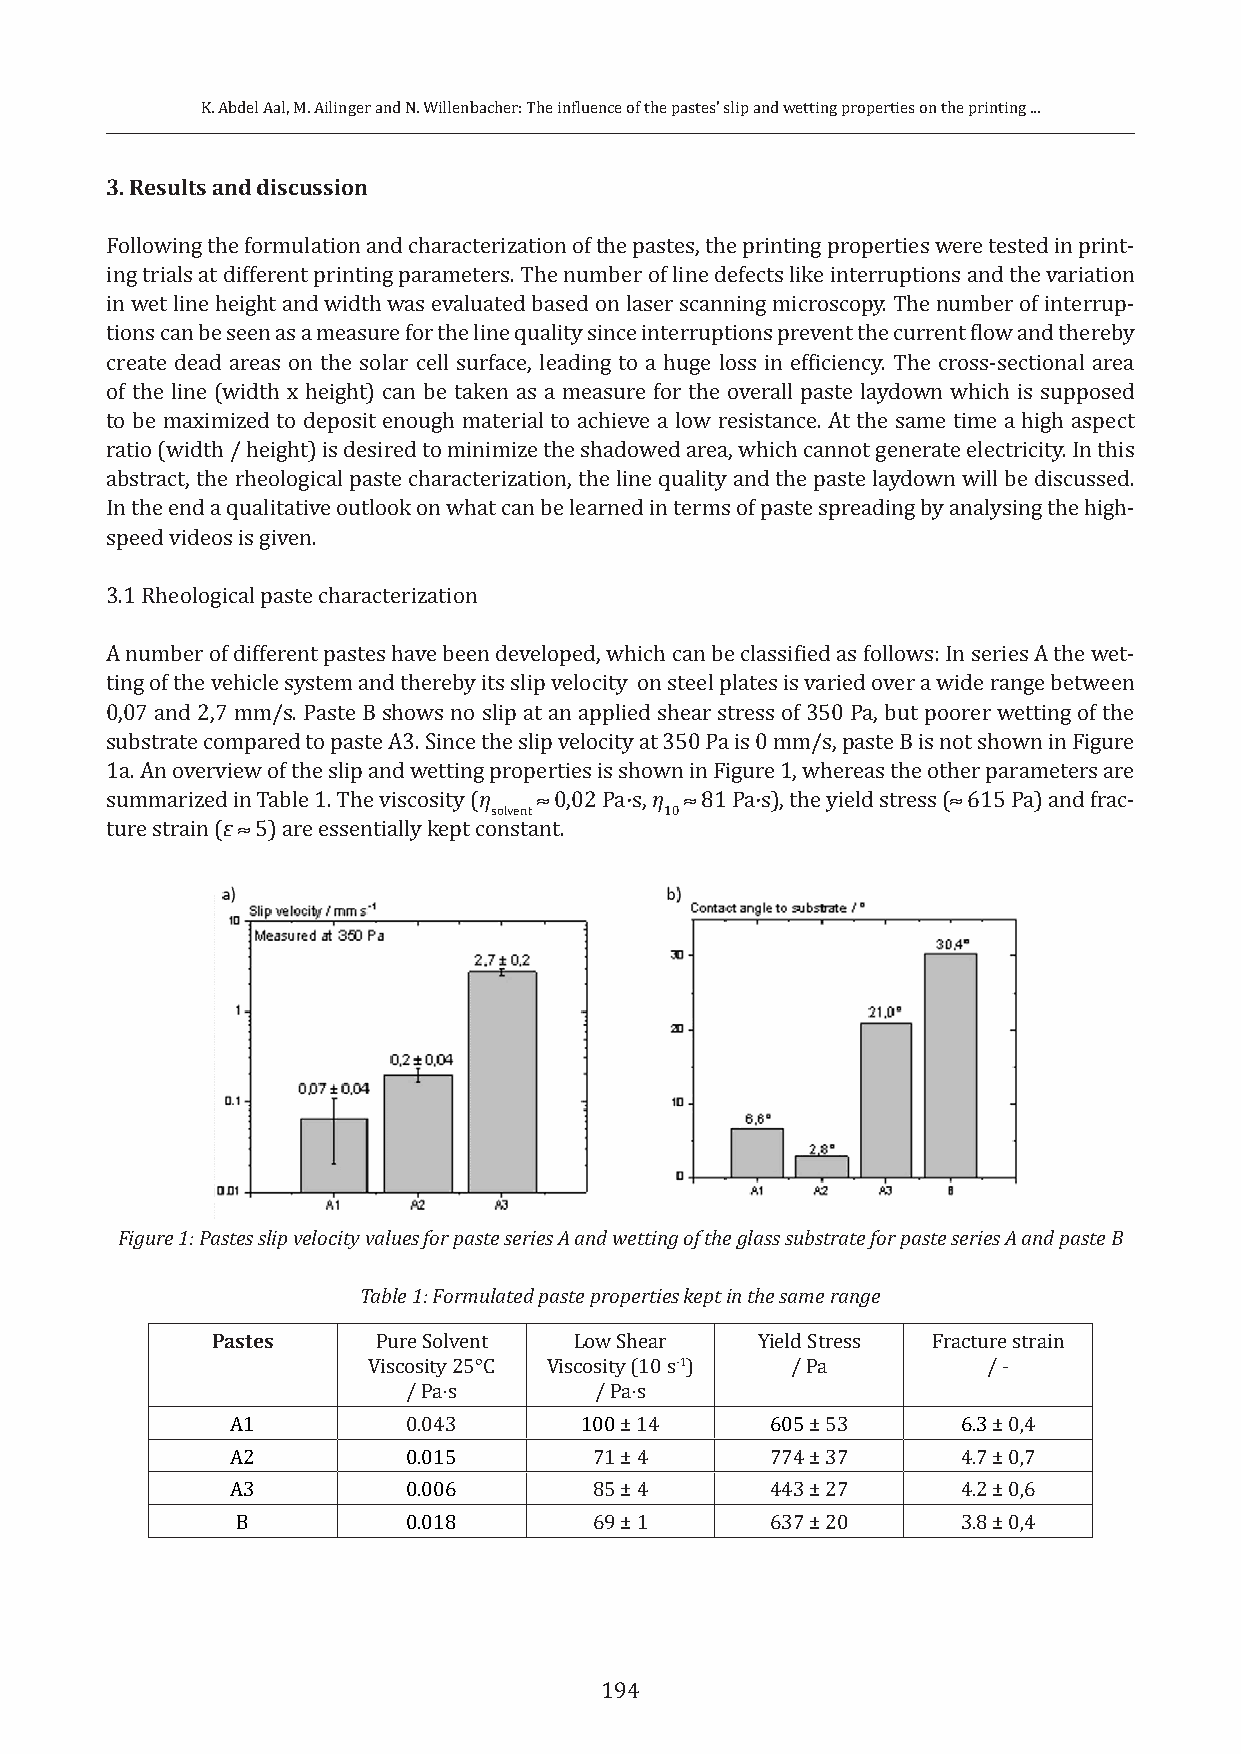
K. Abdel Aal, M. Ailinger and N. Willenbacher: The influence of the pastes’ slip and wetting properties on the printing ...
 3. Results and discussion
 Following the formulation and characterization of the pastes, the printing properties were tested in print-
 ing trials at different printing parameters. The number of line defects like interruptions and the variation
 in wet line height and width was evaluated based on laser scanning microscopy. The number of interrup-
 tions can be seen as a measure for the line quality since interruptions prevent the current flow and thereby
 create dead areas on the solar cell surface, leading to a huge loss in efficiency. The cross-sectional area
 of the line (width x height) can be taken as a measure for the overall paste laydown which is supposed
 to be maximized to deposit enough material to achieve a low resistance. At the same time a high aspect
 ratio (width / height) is desired to minimize the shadowed area, which cannot generate electricity. In this
 abstract, the rheological paste characterization, the line quality and the paste laydown will be discussed.
 In the end a qualitative outlook on what can be learned in terms of paste spreading by analysing the high-
 speed videos is given.
 3.1 Rheological paste characterization
 A number of different pastes have been developed, which can be classified as follows: In series A the wet-
 ting of the vehicle system and thereby its slip velocity on steel plates is varied over a wide range between
 0,07 and 2,7 mm/s. Paste B shows no slip at an applied shear stress of 350 Pa, but poorer wetting of the
 substrate compared to paste A3. Since the slip velocity at 350 Pa is 0 mm/s, paste B is not shown in Figure
 1a. An overview of the slip and wetting properties is shown in Figure 1, whereas the other parameters are
 summarized in Table 1. The viscosity (η ≈ 0,02 Pa∙s, η ≈ 81 Pa∙s), the yield stress (≈ 615 Pa) and frac-
 solvent     10
 ture strain (ε ≈ 5) are essentially kept constant.
 Figure 1: Pastes slip velocity values for paste series A and wetting of the glass substrate for paste series A and paste B
 Table 1: Formulated paste properties kept in the same range
 Pastes     Pure Solvent Low Shear   Yield Stress Fracture strain
 Viscosity 25°C Viscosity (10 s-1) / Pa   / -
 / Pa∙s      / Pa∙s
 A1          0.043      100 ± 14     605 ± 53     6.3 ± 0,4
 A2          0.015       71 ± 4      774 ± 37     4.7 ± 0,7
 A3          0.006       85 ± 4      443 ± 27     4.2 ± 0,6
 B          0.018       69 ± 1      637 ± 20     3.8 ± 0,4
 194